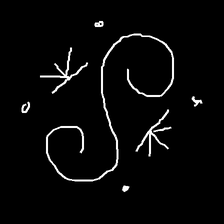
Glyph: aeroform